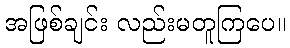
အဖြစ်ချင်း လည်းမတူကြပေ။